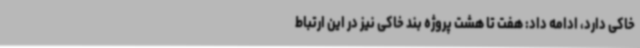
خاکی دارد، ادامه داد: هفت تا هشت پروژه بند خاکی نیز در این ارتباط